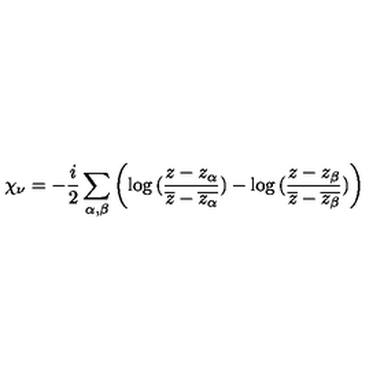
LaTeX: \chi _ { \nu } = - \frac { i } { 2 } \sum _ { \alpha , \beta } \left( \log { ( \frac { z - z _ { \alpha } } { \overline { { z } } - \overline { { z _ { \alpha } } } } ) } - \log { ( \frac { z - z _ { \beta } } { \overline { { z } } - \overline { { z _ { \beta } } } } ) } \right)